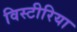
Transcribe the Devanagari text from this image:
विस्टीरिया